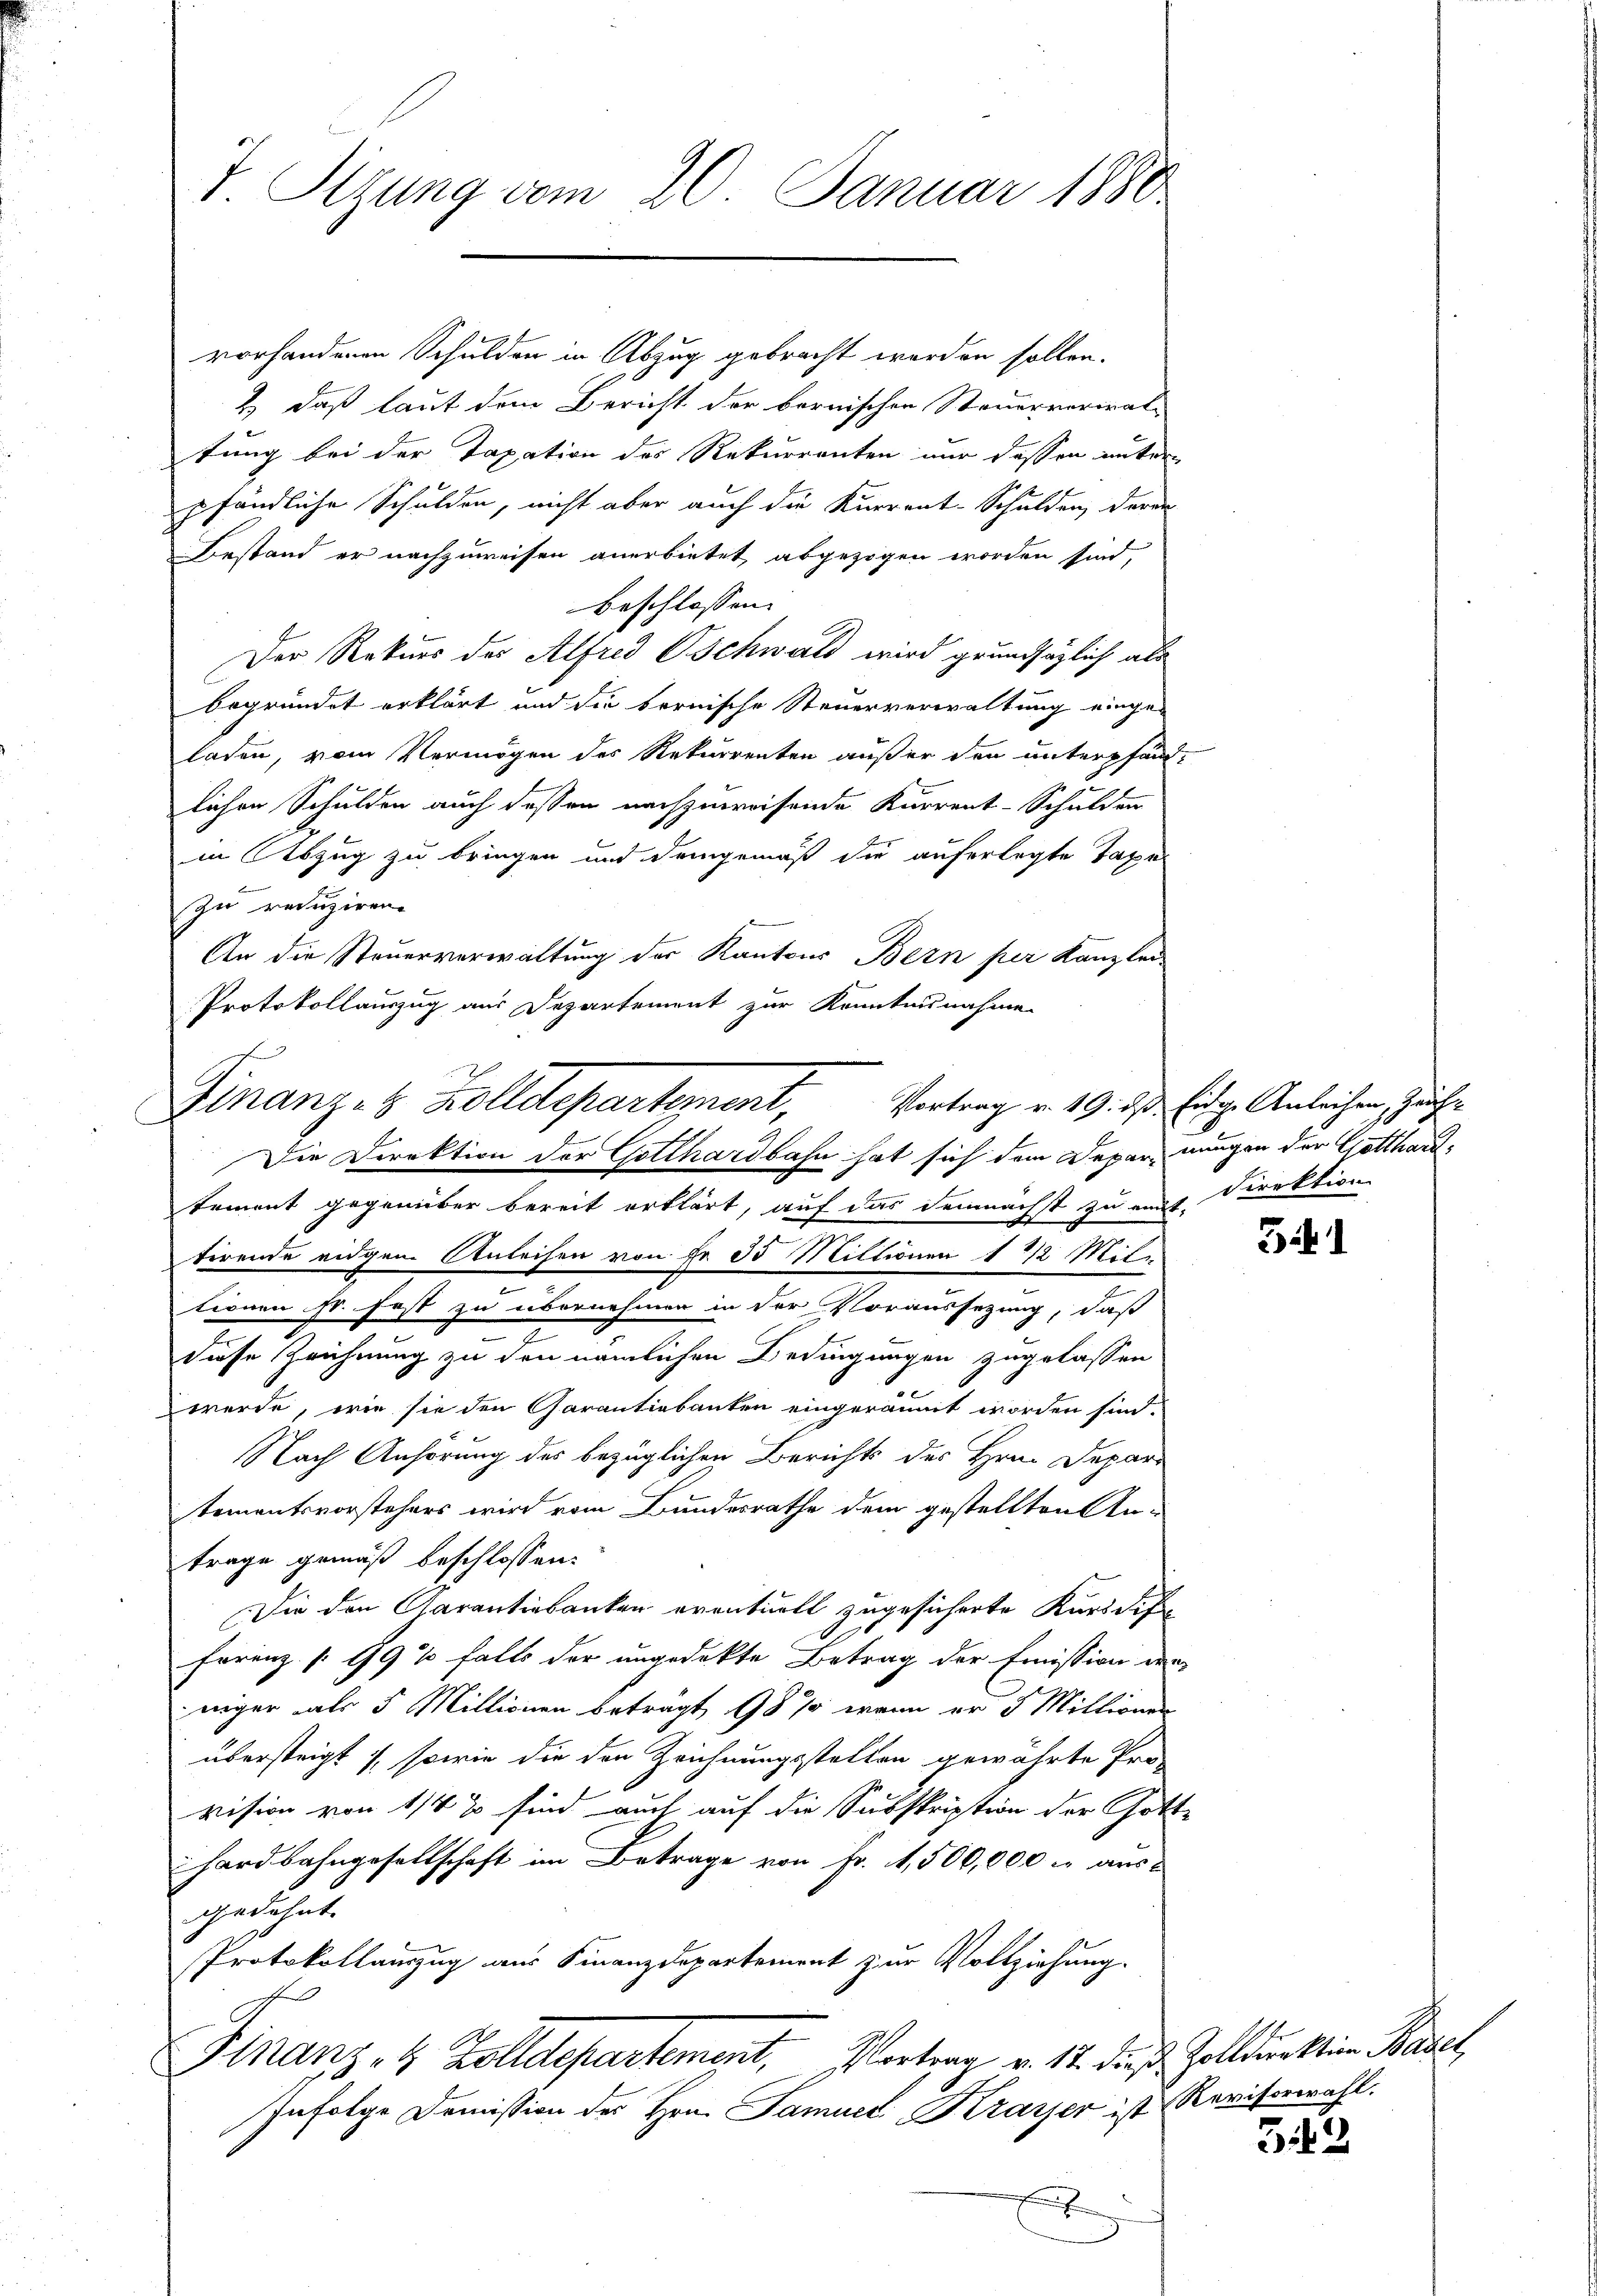
7. Sizung vom 20. Januar 1880

vorhanderen Schulden in Abzug gebracht worden sollen.
& daß laut dem Bericht der bernischen Steuervorrat-
tung bei der Taxation des Rekurrenten nur dessen unter
pfändliche Schulden, nicht aber auch die Kurrent-Schulden, deren
Bestand er nachzuweisen anerbietet, abgezogen worden sind,
beschlossen:
Der Rekurs der Alfred Oschwald wird grundsätzlich als
begründet erklärt und die bernische Steuerverwaltung einge-
laden, vom Vermögen des Rekurrenten außer den unterpfand-
lichen Schulden auch dessen nachzuweisende Kurrent-Schulden
in Abzug zu bringen und demgemäß die auferlegte Taxe
zu reduziren.
An die Steuerverwaltung der Kantons Bern per Kanzlei
Protokollauszug aus Departement zur Kenntnisnahme

Finanz- & Zolldepartement, Vortrag v. 19. ds Eidg. Anleihen Zucht
Die Direktion der Gotthardbahn hat sich dem Depar ungen der Gotthard¬

Dement gegenüber bereit erklärt, auf das demnächst zu verf. Direktion
terende eidgem Anleihen von Fr. 35 Miltionen 1 1/2 Mite
tionen s. fast zu übernehmen in der Voraussetzung, daß
diese Zeichnung zu den nämlichen Bedingungen zugelassen
werde, wie sie den Garantinbanken eingeräumt worden sind.
Nach Anhörung des bezüglichen Berichts des Hrn. Depar
tementsvorstehers wird vom Bundesrathe dem gestellten An-
trage gemäß beschlossen:
Die den Garantinbanken eventuell zugesicherte Kursdif
t
Frrenz [19 % Falls der ungedekte Betrag der Emission den
niger als 5 Millionen beträgt 18 % wenn er 5 Millionen
übersteigt, sowie die den Zeichnungsstellen gewährte Provision von 1/4 % sind auch auf die Subskription der Gott-
hardbahngesellschaft im Betrage von Fr. 11,500,000 M ausgedehnt.
Protokollauszug aus Finanzdepartement zur Vollziehung.
A
Finanz- 4 Zolldepartement, Vortrag v. 12. dieß Zollduktion Basel
Infolge Domission des Hrn. Samuel Krasser ist Revisorwahl.
x

341

312